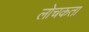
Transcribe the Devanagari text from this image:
लोचकता